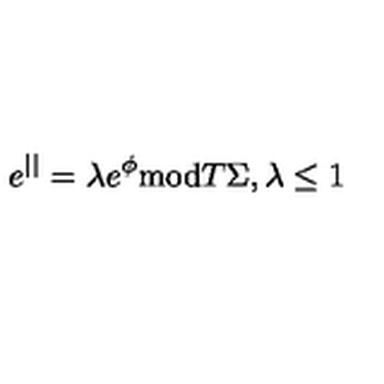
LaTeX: e ^ { | | } = \lambda e ^ { \phi } \mathrm { m o d } T \Sigma , \lambda \leq 1